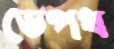
ডেপথ